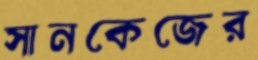
সানকেজের